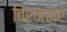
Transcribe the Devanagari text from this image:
बिरमसर